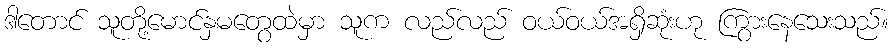
ဒါတောင် သူတို့မောင်နှမတွေထဲမှာ သူက လည်လည် ဝယ်ဝယ်အရှိဆုံးဟု ကြွားနေသေးသည်။